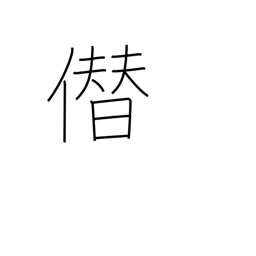
Meaning: boastfully usurp